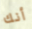
أنك